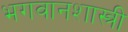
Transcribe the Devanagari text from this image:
भगवानशास्त्री